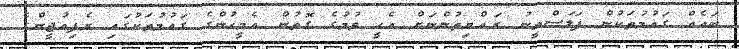
ބައެއް ގައުމުތަކުން ފަލަސްތީނު ރައްޔިތުންނަށް އެހީ ވުމުގެ ގޮތުން އެމީހުންގެ ގައުމުތަކުގައި ރެފިއުޖީންގެ